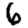
Digit: 6